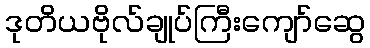
ဒုတိယဗိုလ်ချုပ်ကြီးကျော်ဆွေ